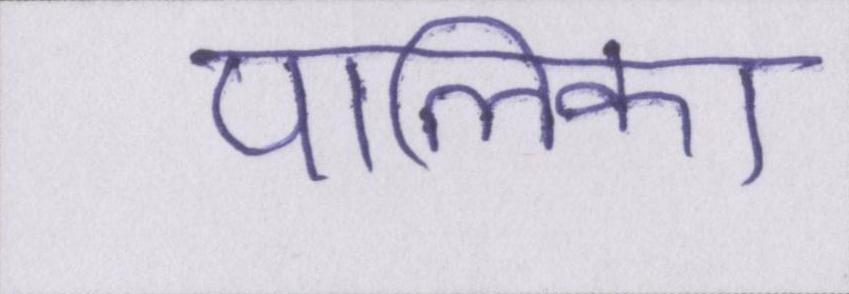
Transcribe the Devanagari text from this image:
पालिका